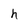
Character: h